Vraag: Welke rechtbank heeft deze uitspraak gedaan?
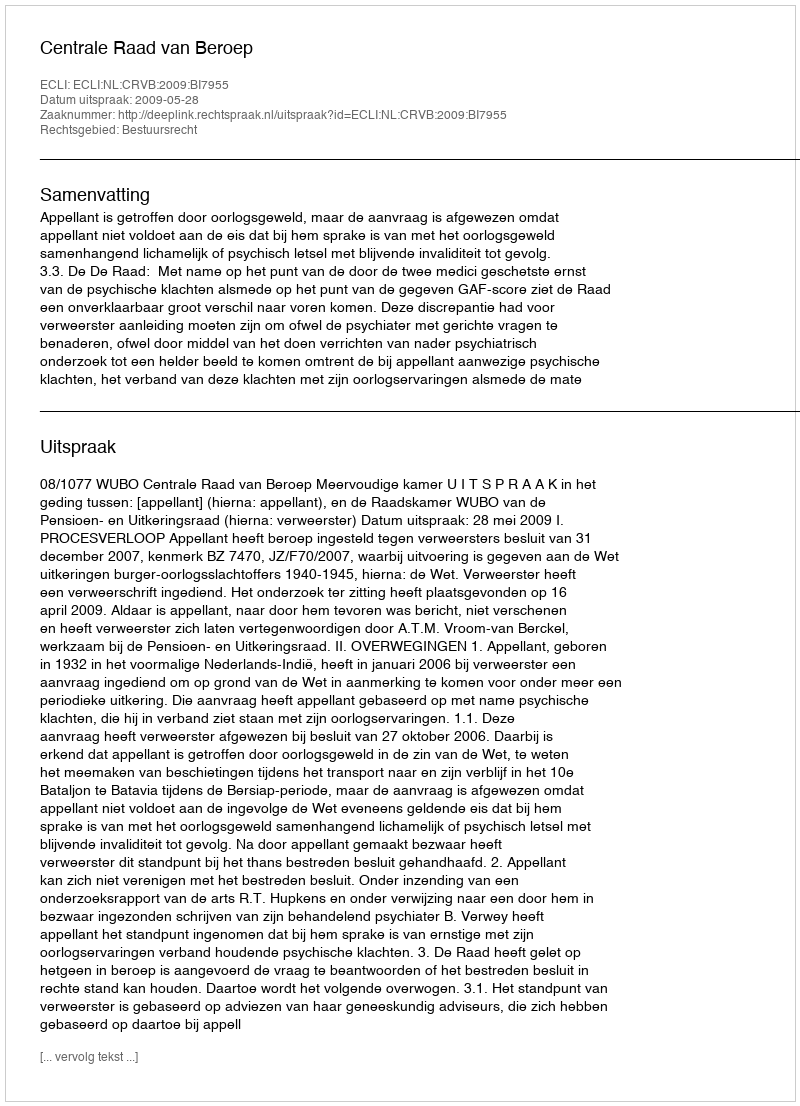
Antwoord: Centrale Raad van Beroep